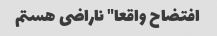
افتضاح واقعا" ناراضی هستم